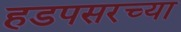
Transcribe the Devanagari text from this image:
हडपसरच्या